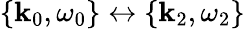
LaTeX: \left\{ \mathbf{k}_{0},\omega_{0}\right\} \leftrightarrow\left\{ \mathbf{k}_{2},\omega_{2}\right\}